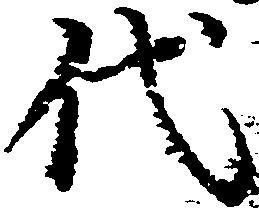
代